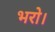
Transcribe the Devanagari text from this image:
भरो।